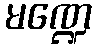
မဏ္ဍေ